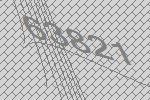
63821